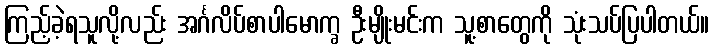
ကြည့်ခဲ့ရသူလို့လည်း အင်္ဂလိပ်စာပါမောက္ခ ဦးမျိုးမင်းက သူ့စာတွေကို သုံးသပ်ပြပါတယ်။